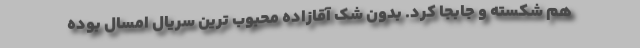
هم شکسته و جابجا کرد. بدون شک آقازاده محبوب ترین سریال امسال بوده